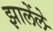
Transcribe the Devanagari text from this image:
झालेंले